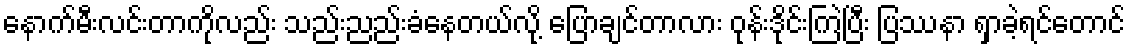
နောက်မီးလင်းတာကိုလည်း သည်းညည်းခံနေတယ်လို့ ပြောချင်တာလား ဝုန်းဒိုင်းကြဲပြီး ပြဿနာ ရှာခဲ့ရင်တောင်